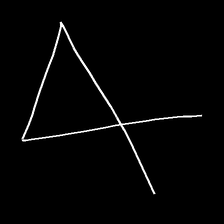
Glyph: collection